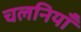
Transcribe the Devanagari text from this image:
चलनियाँ